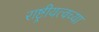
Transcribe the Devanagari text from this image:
राष्ट्रीयत्वच्या